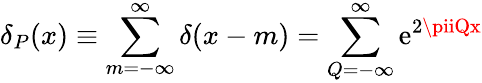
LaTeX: \delta_{P}(x)\equiv\sum_{m=-\infty}^{\infty}\delta(x-m)=\sum_{Q=-\infty}^{\infty}\mathrm{e}^{2\piiQx}